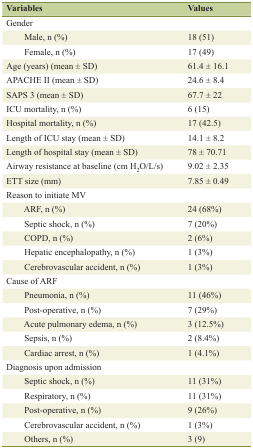
<table><thead><tr><td><b>Variables</b></td><td><b>Values</b></td></tr></thead><tbody><tr><td>Gender</td><td></td></tr><tr><td>Male, n (%)</td><td>18 (51)</td></tr><tr><td>Female, n (%)</td><td>17 (49)</td></tr><tr><td>Age (years) (mean ± SD)</td><td>61.4 ± 16.1</td></tr><tr><td>APACHE II (mean ± SD)</td><td>24.6 ± 8.4</td></tr><tr><td>SAPS 3 (mean ± SD)</td><td>67.7 ± 22</td></tr><tr><td>ICU mortality, n (%)</td><td>6 (15)</td></tr><tr><td>Hospital mortality, n (%)</td><td>17 (42.5)</td></tr><tr><td>Length of ICU stay (mean ± SD)</td><td>14.1 ± 8.2</td></tr><tr><td>Length of hospital stay (mean ± SD)</td><td>78 ± 70.71</td></tr><tr><td>Airway resistance at baseline (cm H<sub>2</sub>O/L/s)</td><td>9.02 ± 2.35</td></tr><tr><td>ETT size (mm)</td><td>7.85 ± 0.49</td></tr><tr><td>Reason to initiate MV</td><td></td></tr><tr><td>ARF, n (%)</td><td>24 (68%)</td></tr><tr><td>Septic shock, n (%)</td><td>7 (20%)</td></tr><tr><td>COPD, n (%)</td><td>2 (6%)</td></tr><tr><td>Hepatic encephalopathy, n (%)</td><td>1 (3%)</td></tr><tr><td>Cerebrovascular accident, n (%)</td><td>1 (3%)</td></tr><tr><td>Cause of ARF</td><td></td></tr><tr><td>Pneumonia, n (%)</td><td>11 (46%)</td></tr><tr><td>Post-operative, n (%)</td><td>7 (29%)</td></tr><tr><td>Acute pulmonary edema, n (%)</td><td>3 (12.5%)</td></tr><tr><td>Sepsis, n (%)</td><td>2 (8.4%)</td></tr><tr><td>Cardiac arrest, n (%)</td><td>1 (4.1%)</td></tr><tr><td>Diagnosis upon admission</td><td></td></tr><tr><td>Septic shock, n (%)</td><td>11 (31%)</td></tr><tr><td>Respiratory, n (%)</td><td>11 (31%)</td></tr><tr><td>Post-operative, n (%)</td><td>9 (26%)</td></tr><tr><td>Cerebrovascular accident, n (%)</td><td>1 (3%)</td></tr><tr><td>Others, n (%)</td><td>3 (9)</td></tr></tbody></table>